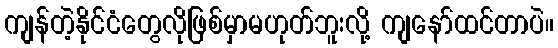
ကျန်တဲ့နိုင်ငံတွေလိုဖြစ်မှာမဟုတ်ဘူးလို့ ကျနော်ထင်တာပဲ။